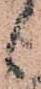
候